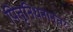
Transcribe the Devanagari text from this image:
पितृनिधनानंतर